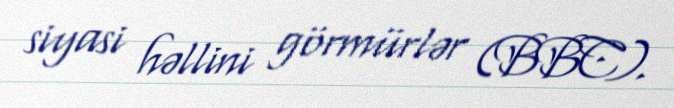
siyasi həllini görmürlər (BBC).